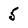
Character: 5